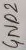
Text: GND2